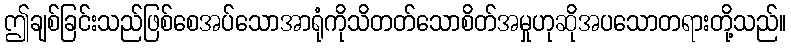
ဤချစ်ခြင်းသည်ဖြစ်စေအပ်သောအာရုံကိုသိတတ်သောစိတ်အမှုဟုဆိုအပသောတရားတို့သည်။